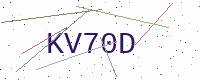
Text: KV70D